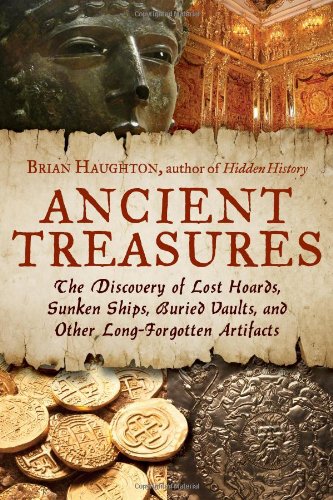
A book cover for Ancient Treasures: The Discovery of Lost Hoards, Sunken Ships, Buried Vaults, and Other Long-Forgotten Artifacts; Brian Haughton; History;